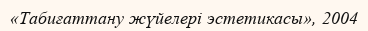
«Табиғаттану жүйелері эстетикасы», 2004